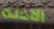
الادله